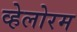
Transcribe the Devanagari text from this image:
व्हेलोरम